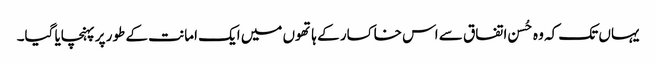
یہاں تک کہ وہ حُسن اتفاق سے اس خاکسار کے ہاتھوں میں ایک امانت کے طور پر پہنچایا گیا۔